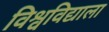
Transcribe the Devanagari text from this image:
विश्वविद्याला